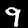
Label: 9